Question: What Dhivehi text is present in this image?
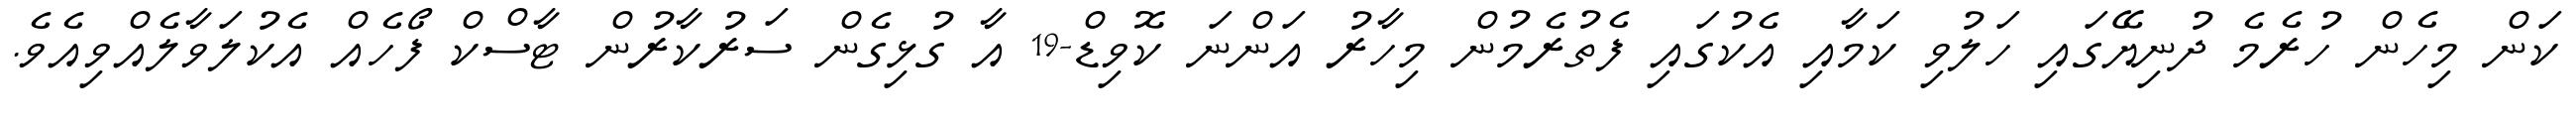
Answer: ކަން މިހެން ހުރެމެ ދުނިޔޭގައި ހަލުވި ކަމާއި އެކުގައި ފެތުރެމުން މިހާރު އަންނަ ކޮވިޑް-19 އާ ގުޅިގެން ސަރުކާރުން ޓާސްކް ފޯހެއް އެކުލަވާލެއްވިއެވެ.